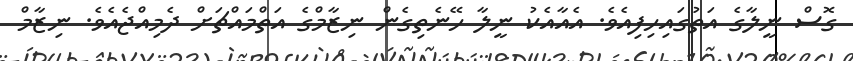
ގޮސް ނީލާގެ އަތުގައިހިފިއެވެ. އެއާއެކު ނީލާ ހޭނެތިގެން ނިޒާމްގެ އަތްމައްޗަށް ދެމިއްޖެއެވެ. ނިޒާމް